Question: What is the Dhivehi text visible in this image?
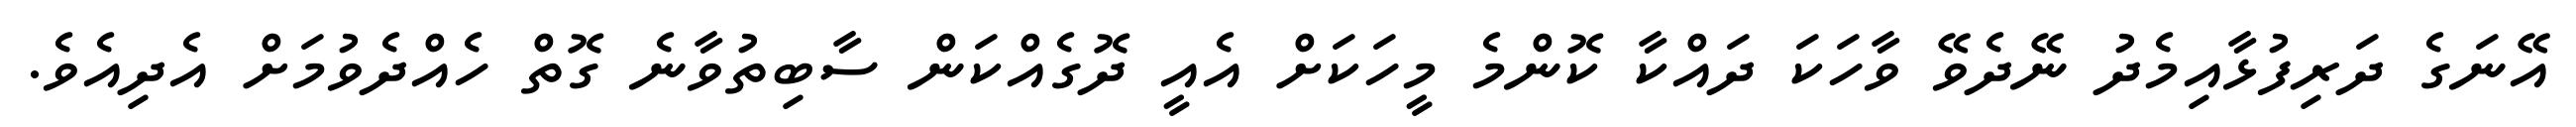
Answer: އޭނަގެ ދަރިފުޅާއިމެދު ނޭދެވޭ ވާހަކަ ދައްކާ ކޮންމެ މީހަކަށް އެއީ ދޮގެއްކަން ސާބިތުވާނެ ގޮތް ހެއްދެވުމަށް އެދިއެވެ.